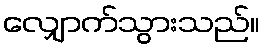
လျှောက်သွားသည်။